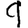
Digit: 9